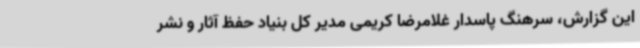
این گزارش، سرهنگ پاسدار غلامرضا کریمی مدیر کل بنیاد حفظ آثار و نشر